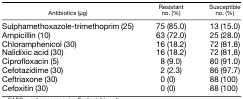
<table><thead><tr><td><b>Antibiotics (μg)</b></td><td><b>Resistant no. (%)</b></td><td><b>Susceptible no. (%)</b></td></tr></thead><tbody><tr><td>Sulphamethoxazole-trimethoprim (25)</td><td>75 (85.0)</td><td>13 (15.0)</td></tr><tr><td>Ampicillin (10)</td><td>63 (72.0)</td><td>25 (28.0)</td></tr><tr><td>Chloramphenicol (30)</td><td>16 (18.2)</td><td>72 (81.8)</td></tr><tr><td>Nalidixic acid (30)</td><td>16 (18.2)</td><td>72 (81.8)</td></tr><tr><td>Ciprofloxacin (5)</td><td>8 (9.0)</td><td>80 (91.0)</td></tr><tr><td>Cefotazidime (30)</td><td>2 (2.3)</td><td>86 (97.7)</td></tr><tr><td>Ceftriaxone (30)</td><td>0 (0)</td><td>88 (100)</td></tr><tr><td>Cefoxitin (30)</td><td>0 (0)</td><td>88 (100)</td></tr></tbody></table>